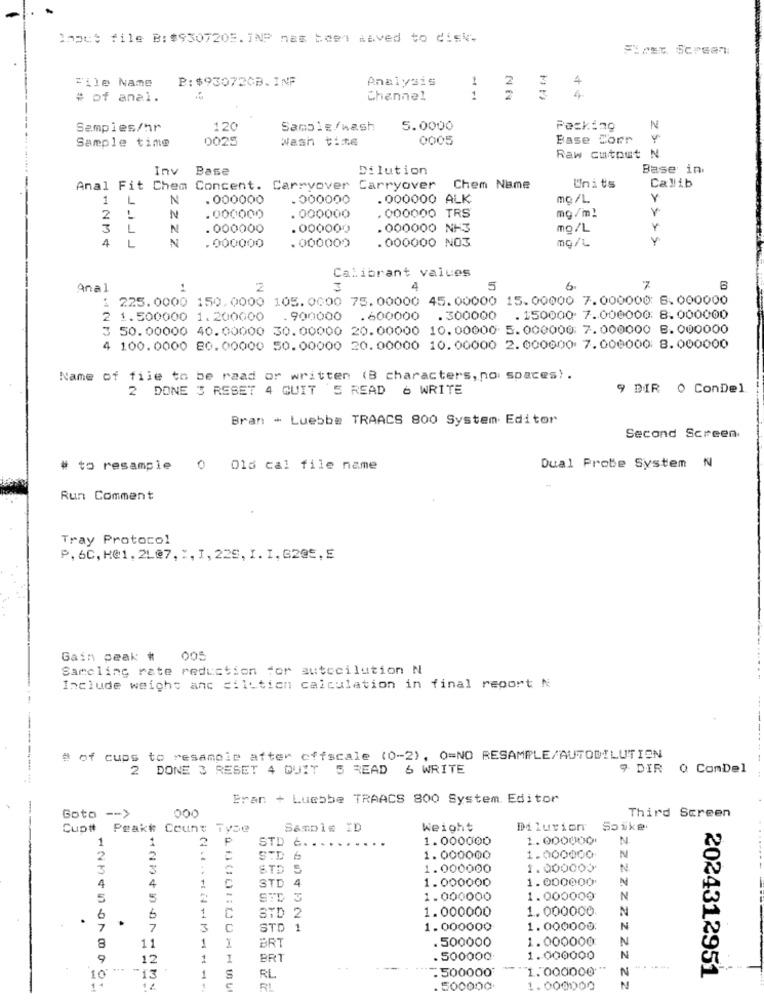
Shout file B: $9307203. INP nas been taved to disk.
SHest. Sorgen
File Name
P:$93072CB. INF
Analysis
4
# of anal.
Channel
- -
4
Samples/hr
120
Sample/wash
5.0000
Packing
N
Sample time
0025
Wash time
0005
Base Corr
Raw cutout N
Inv
Base
Dilution
Base in
Anal Fit Chem Concent. Carryover Carryover
Chem Name
Units
Calib
1
1
N
. 000000
.000000
. 000000 ALK
mo/L
Y
. 000000 TRS
2
N
.000000
. 000000
mg /ml
L
N
. 000000
. 000000
. 000000 NH3
mg/L
Y
4
L
N
. 000000
.000000 NO3
ng/L
. 000000
Calibrant values
Anal
1
2
3
4
5
6.
7
225.0000 150.0000 105.0000 75.00000 45.00000 15.00000 7.000000: 6.000000
2 1.500000 1.200000
900000
.600000
.300000 . 150000 7. 000000: 8.000000
50.00000 40.00000 30.00000 20.00000 10. 00000 5.000000: 7.000000 B.000000
4 100.0000 80.00000 50.00000 20. 00000 10.00000 2.000000 7.000000 8.000000
Name of file to be raad or written (B characters, no spaces) .
2 DONE 3 RESET 4 CUIT S READ 6 WRITE
9 DIR 0 ConDel
Bran - Luebbe TRAACS 800 System Editor
Second Screen.
# to resample
>016 cal file name
Dual Probe System N
Run Comment
Tray Protocol
P, 6C, H@1, 2L@7, ", 1, 225, I. I, G205, E
Gain peak #
005
Samcling rate reduction for autocilution N
Include weight anc dilution calculation in final report N
# of cups to resample after offscale (0-2), 0=NO RESAMPLE/AUTODILUTION
2 DONE 3 RESET 4 QUIT 5 READ 6 WRITE
9 DIR Q ComDel
------
Eran + Luebbe TRAACS 800 System. Editor
-
000
Goto -- >
Third Screen
Cup# Peakt Count Type
Sample ID
Weight
Diluvion
Soike
1
1
2
1.000000
1.000000
N.
STD &. ...
2
STD 6
1.000000
1.000000
N
3
3
STD
1.000000
1.000000
N
STD
4
1.000000
1.000000
N
4
4
1
C
5
5
STD
1.000000
1.000000
N
1
1.000000
1.000000
N
.
6
6
C
STD 2
7
7
3
C
STD 1
1.000000
1.000000
N
11
1
.500000
1.000000
N
8
BRT
9
12
1
I
BR1
. 500000
1.000000
N
1.000000
------
2024312951
10
-13
1
S
RL
.500000
12
1
RI
. 500000
1.000000
22